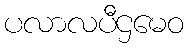
ပလာလပီဌမေဝ